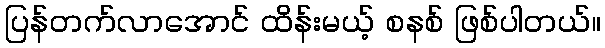
ပြန်တက်လာအောင် ထိန်းမယ့် စနစ် ဖြစ်ပါတယ်။